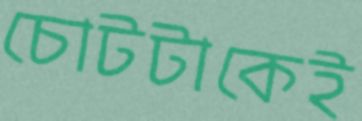
চোটটাকেই